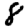
Digit: 8